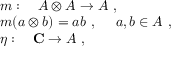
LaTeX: \begin{array} { r c l } { { } } & { { } } & { { m : ~ ~ ~ A \otimes A \to A ~ , } } \\ { { } } & { { } } & { { m ( a \otimes b ) = a b ~ , ~ ~ ~ ~ a , b \in A ~ , } } \\ { { } } & { { } } & { { \eta : ~ ~ ~ { \bf C } \to A ~ , } } \end{array}